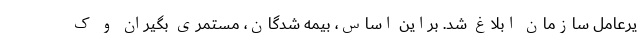
یرعامل سازمان ابلاغ شد. براین اساس، بیمه شدگان، مستمری بگیران و ک